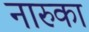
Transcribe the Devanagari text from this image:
नारुका